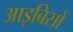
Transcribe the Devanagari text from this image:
आइबिसों